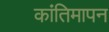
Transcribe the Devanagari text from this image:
कांतिमापन